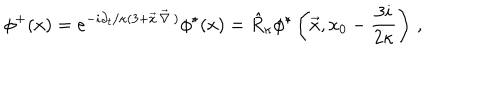
LaTeX: \phi ^ { + } ( x ) = e ^ { - { i \partial _ { t } / \kappa } ( 3 + \vec { x } \, \vec { \nabla } \, ) } \phi ^ { \star } ( x ) = \hat { R } _ { \kappa } \phi ^ { \star } \left( \vec { x } , x _ { 0 } - { \frac { 3 i } { 2 \kappa } } \right) \, ,